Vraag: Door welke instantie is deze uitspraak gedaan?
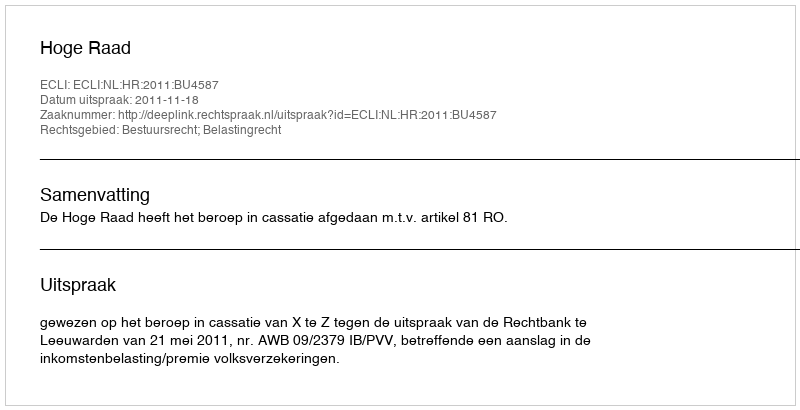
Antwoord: Hoge Raad